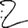
Digit: 2